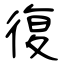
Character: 復